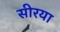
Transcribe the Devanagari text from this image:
सीरया